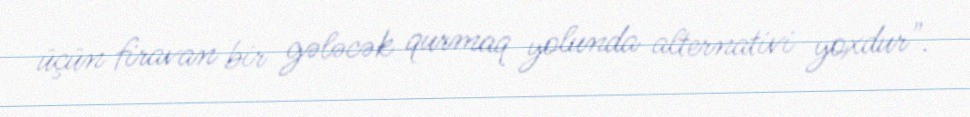
üçün firavan bir gələcək qurmaq yolunda alternativi yoxdur".